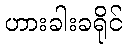
ဟားခါးခရိုင်